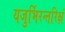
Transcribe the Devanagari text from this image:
यजुर्भिरन्तरिक्षं